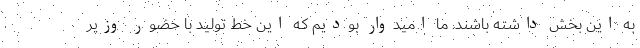
به این بخش داشته باشند. ما امیدوار بودیم که این خط تولید با حضور وزیر